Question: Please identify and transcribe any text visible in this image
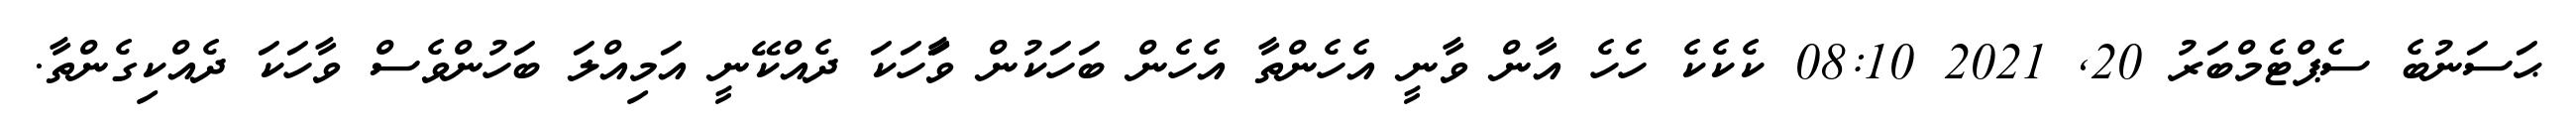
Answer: ޙަސަނުބެ ސެޕްޓެމްބަރު 20, 2021 08:10 ކެކެކެ ހެހެ އާން ވާނީ އެހެންތާ އެހެން ބަހަކުން ވަާހަކަ ދެއްކޭނީ އަމިއްލަ ބަހުންވެސް ވާހަކަ ދެއްކިގެންތާ.